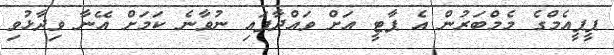
ޕީޕީއެމްގެ މެމްބަރުން އެ ޕާޓީ އަށް ވައްދާފައި ނުވާނެ ކަމަށް އޭނާ ވިދާޅުވި